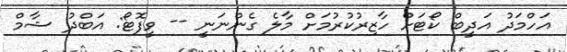
އަހްމަދު އަދީބް ކޯޓަށް ހާޒިރުކުރުމަށް މާލެ ގެންނަނީ -- ވީފޮޓޯ: އަބްދު ޝާމް